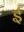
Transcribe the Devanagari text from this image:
र्इ